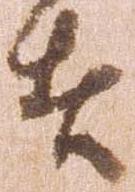
者